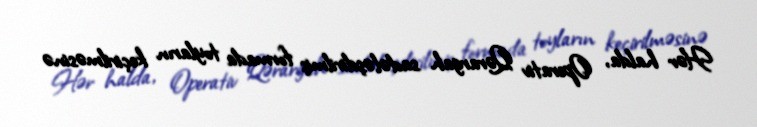
Hər halda, Operativ Qərargah sadələşdirilmiş formada toyların keçirilməsinə